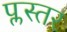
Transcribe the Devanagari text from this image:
प्लस्तर